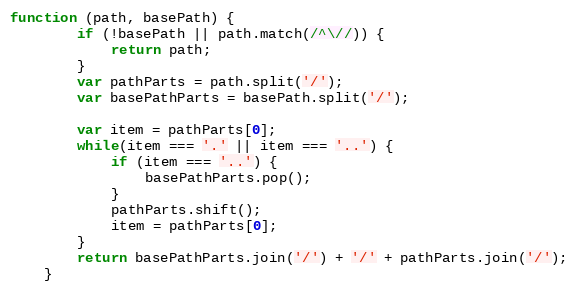
Language: JavaScript
function (path, basePath) {
        if (!basePath || path.match(/^\//)) {
            return path;
        }
        var pathParts = path.split('/');
        var basePathParts = basePath.split('/');

        var item = pathParts[0];
        while(item === '.' || item === '..') {
            if (item === '..') {
                basePathParts.pop();
            }
            pathParts.shift();
            item = pathParts[0];
        }
        return basePathParts.join('/') + '/' + pathParts.join('/');
    }